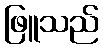
ဖြူသည်